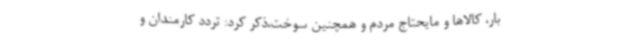
بار، کالاها و مایحتاج مردم‌ و همچنین سوخت،ذکر کرد: تردد کارمندان و